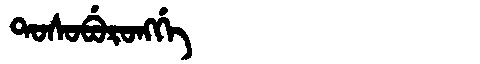
Manchu: ᡨᠣᠰᠣᠪᡠᡵᠣᠩᡤᡝ
Romanization: TOSOBURONGGE